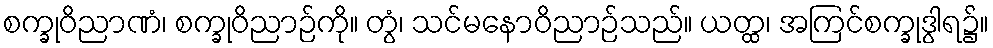
စက္ခုဝိညာဏံ၊ စက္ခုဝိညာဉ်ကို။ တွံ၊ သင်မနောဝိညာဉ်သည်။ ယတ္ထ၊ အကြင်စက္ခုဒွါရ၌။